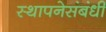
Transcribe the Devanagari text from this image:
स्थापनेसंबंधी